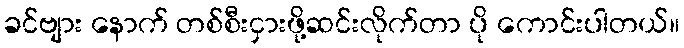
ခင်ဗျား နောက် တစ်စီးငှားဖို့ဆင်းလိုက်တာ ပို ကောင်းပါတယ်။